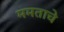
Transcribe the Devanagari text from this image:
ममताचे